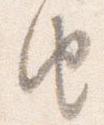
由